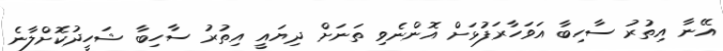
އޭނާ އިތުރު ސާހިބާ އަވަހާރަފުޅަށް އޮންނެވި ތަނަށް ދިޔައީ އިތުރު ސާހިބާ ޝަހީދުކޮށްލާނެ